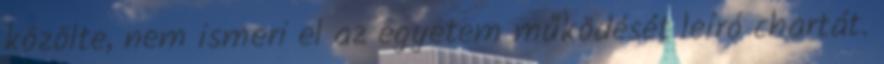
közölte, nem ismeri el az egyetem működését leíró chartát.